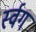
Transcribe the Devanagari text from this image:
र्स्वग